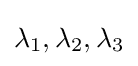
\lambda _{1},\lambda _{2},\lambda _{3}